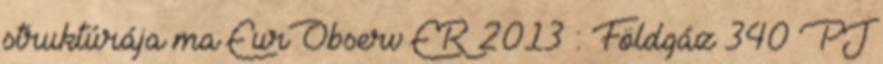
struktúrája ma EurObserv ER 2013 : Földgáz 340 PJ